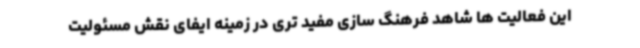
این فعالیت ها شاهد فرهنگ سازی مفید تری در زمینه ایفای نقش مسئولیت